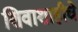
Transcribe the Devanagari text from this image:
शिवाशाहीचे